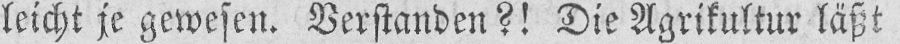
leicht je gewesen. Verstanden?! Die Agrikultur läßt